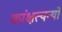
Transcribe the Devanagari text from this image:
कांक्षत्यन्यो